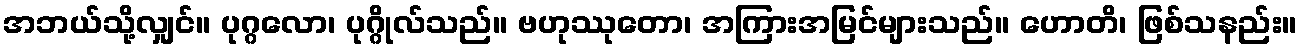
အဘယ်သို့လျှင်။ ပုဂ္ဂလော၊ ပုဂ္ဂိုလ်သည်။ ဗဟုဿုတော၊ အကြားအမြင်များသည်။ ဟောတိ၊ ဖြစ်သနည်း။